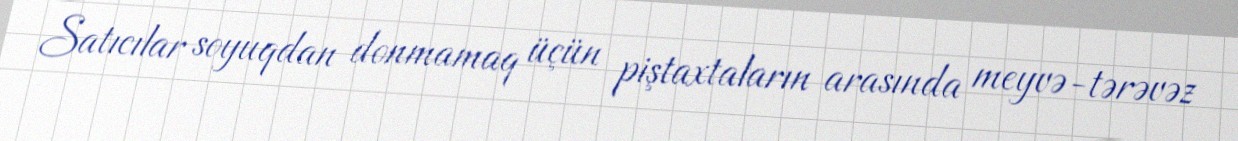
Satıcılar soyuqdan donmamaq üçün piştaxtaların arasında meyvə-tərəvəz